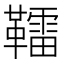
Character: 𩍢